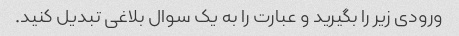
ورودی زیر را بگیرید و عبارت را به یک سوال بلاغی تبدیل کنید.